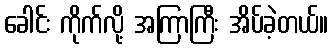
ခေါင်း ကိုက်လို့ အကြာကြီး အိပ်ခဲ့တယ်။